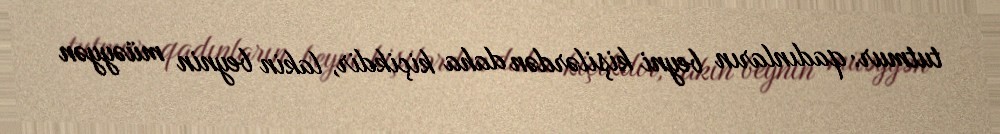
tutmur: qadınların beyni kişilərdən daha kiçikdir, lakin beynin müəyyən